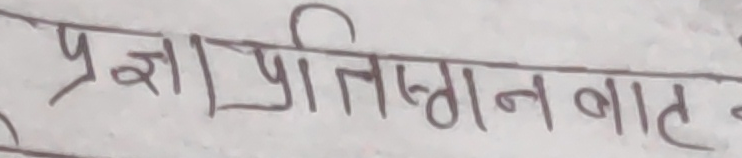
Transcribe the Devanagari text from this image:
प्रज्ञा प्रतिस्ठान बात